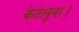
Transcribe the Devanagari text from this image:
कैटेलूना।